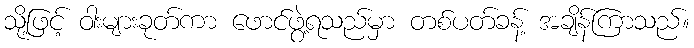
သို့ဖြင့် ဝါးများခုတ်ကာ ဖောင်ဖွဲ့ရသည်မှာ တစ်ပတ်ခန့် အချိန်ကြာသည်။